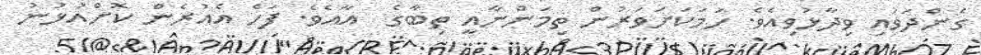
ގެންދަވައި ވިދާޅުވިއެވެ. ހަމަކަށަވަރުން ތިމަންނާއީ ތިބާގެ  އާއެވެ. ފަހެ އެއުރެން ކޮށްއުޅުނު